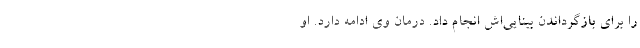
را برای بازگرداندن بینایی‌اش انجام داد. درمان‌ وی ادامه دارد. او